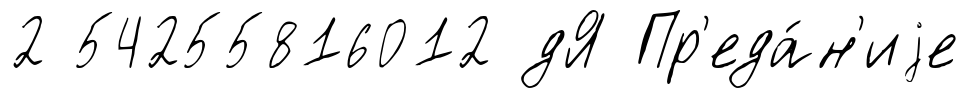
2 54255816012 дЯ Пр'еда́н'иjе